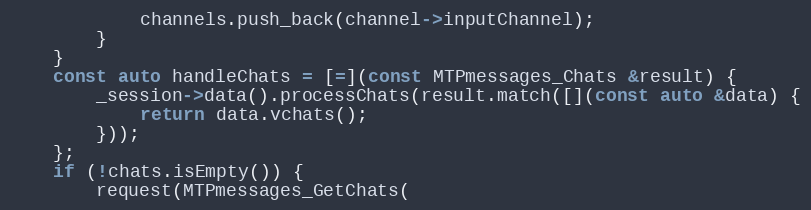
Language: C++
			channels.push_back(channel->inputChannel);
		}
	}
	const auto handleChats = [=](const MTPmessages_Chats &result) {
		_session->data().processChats(result.match([](const auto &data) {
			return data.vchats();
		}));
	};
	if (!chats.isEmpty()) {
		request(MTPmessages_GetChats(